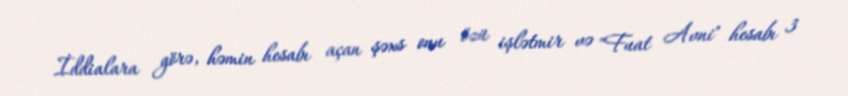
İddialara görə, həmin hesabı açan şəxs onu özü işlətmir və "Fuat Avni" hesabı 3